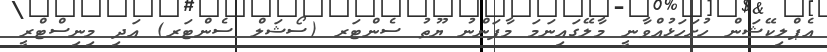
އެޕްލިކޭޝަން ހުށަހަޅުއްވާނީ މާލޭގައިނަމަ މާފަންނު ޔޫތު ސެންޓަރ (ސޯޝަލް ސެންޓަރ) އަދި މިނިސްޓްރީ